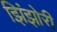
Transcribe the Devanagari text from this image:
झिंझोरी